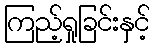
ကြည့်ရှုခြင်းနှင့်